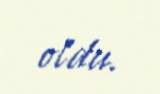
oldu.